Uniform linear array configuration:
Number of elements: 24
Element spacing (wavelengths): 1
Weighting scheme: blackman
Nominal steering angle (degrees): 15
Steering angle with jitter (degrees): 14.482
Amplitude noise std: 0.05
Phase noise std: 0.05

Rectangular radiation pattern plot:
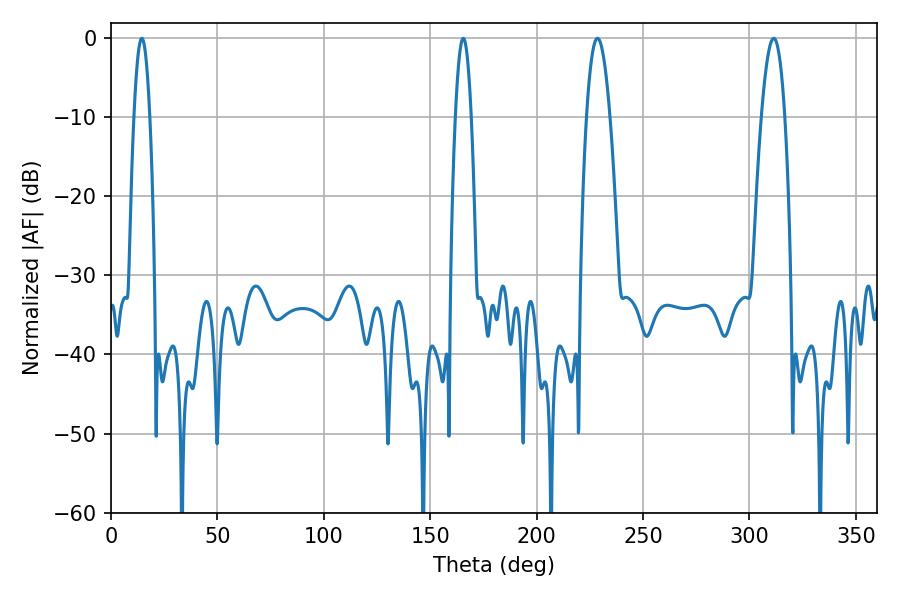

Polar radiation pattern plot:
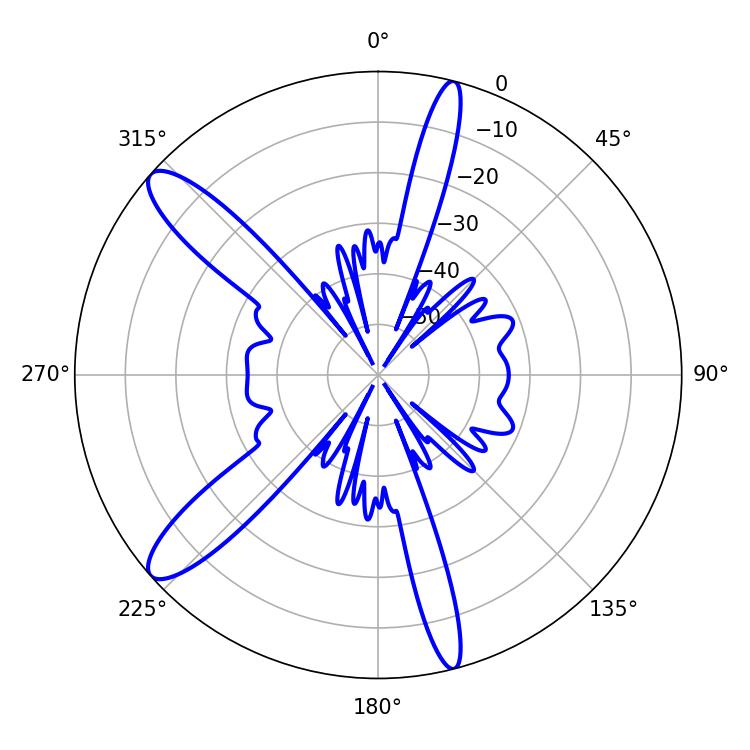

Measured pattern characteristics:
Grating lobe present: TRUE
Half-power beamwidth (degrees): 5.94
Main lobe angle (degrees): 228.6